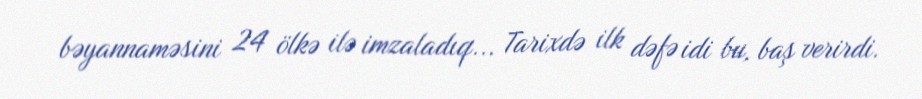
bəyannaməsini 24 ölkə ilə imzaladıq... Tarixdə ilk dəfə idi bu, baş verirdi.